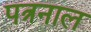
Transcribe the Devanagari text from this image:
पत्रनाल